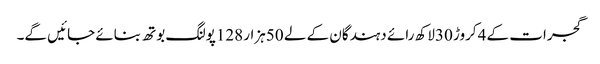
گجرات کے 4کروڑ 30لاکھ رائے دہندگان کے لے 50ہزار 128پولنگ بوتھ بنائے جائیں گے۔